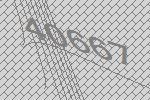
40667